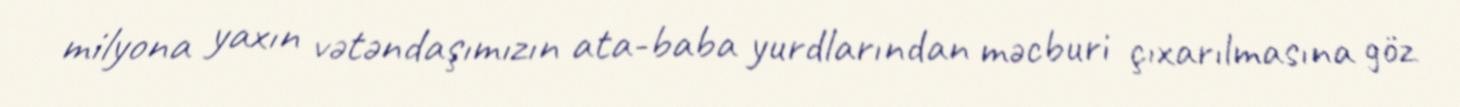
milyona yaxın vətəndaşımızın ata-baba yurdlarından məcburi çıxarılmasına göz